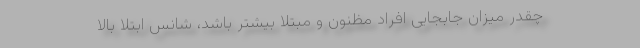
چقدر میزان جابجایی افراد مظنون و مبتلا ‌بیشتر باشد، شانس ابتلا بالا